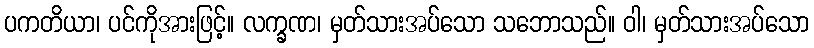
ပကတိယာ၊ ပင်ကိုအားဖြင့်။ လက္ခဏ၊ မှတ်သားအပ်သော သဘောသည်။ ဝါ၊ မှတ်သားအပ်သော